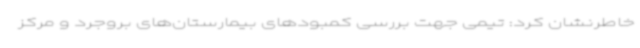
خاطرنشان کرد: تیمی جهت بررسی کمبودهای بیمارستان‌های بروجرد و مرکز